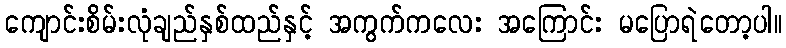
ကျောင်းစိမ်းလုံချည်နှစ်ထည်နှင့် အကွက်ကလေး အကြောင်း မပြောရဲတော့ပါ။